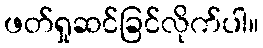
ဖတ်ရှုဆင်ခြင်လိုက်ပါ။